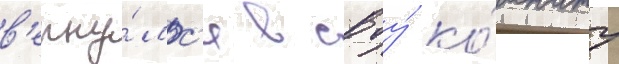
в'ерну́лс'я в своу́ ко́мнату